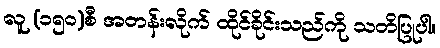
လူ (၁၅၀)စီ အတန်းလိုက် ထိုင်ခိုင်းသည်ကို သတိပြုပါ။